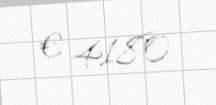
€ 4180